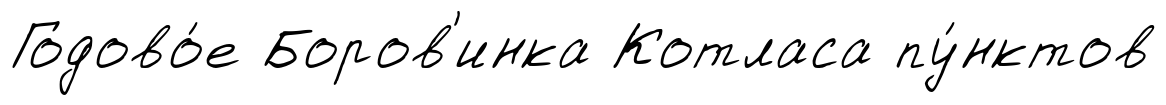
Годово́е Боров'инка Котласа пу́нктов